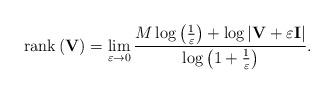
LaTeX: \begin{align*}\textrm{rank} & \left(\mathbf{V}\right)=\lim_{\varepsilon\rightarrow0}\frac{M\log\left(\frac{1}{\varepsilon}\right)+\log\left|\mathbf{V}+\varepsilon\mathbf{I}\right|}{\log\left(1+\frac{1}{\varepsilon}\right)}.\end{align*}